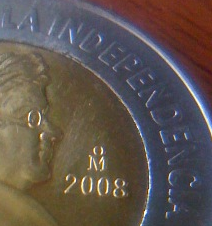
LAINDEPENDENCIA